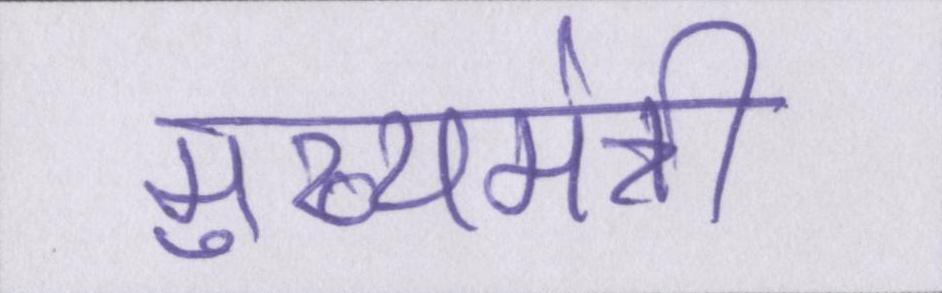
मुख्यमंत्री